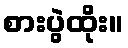
စားပွဲထိုး။